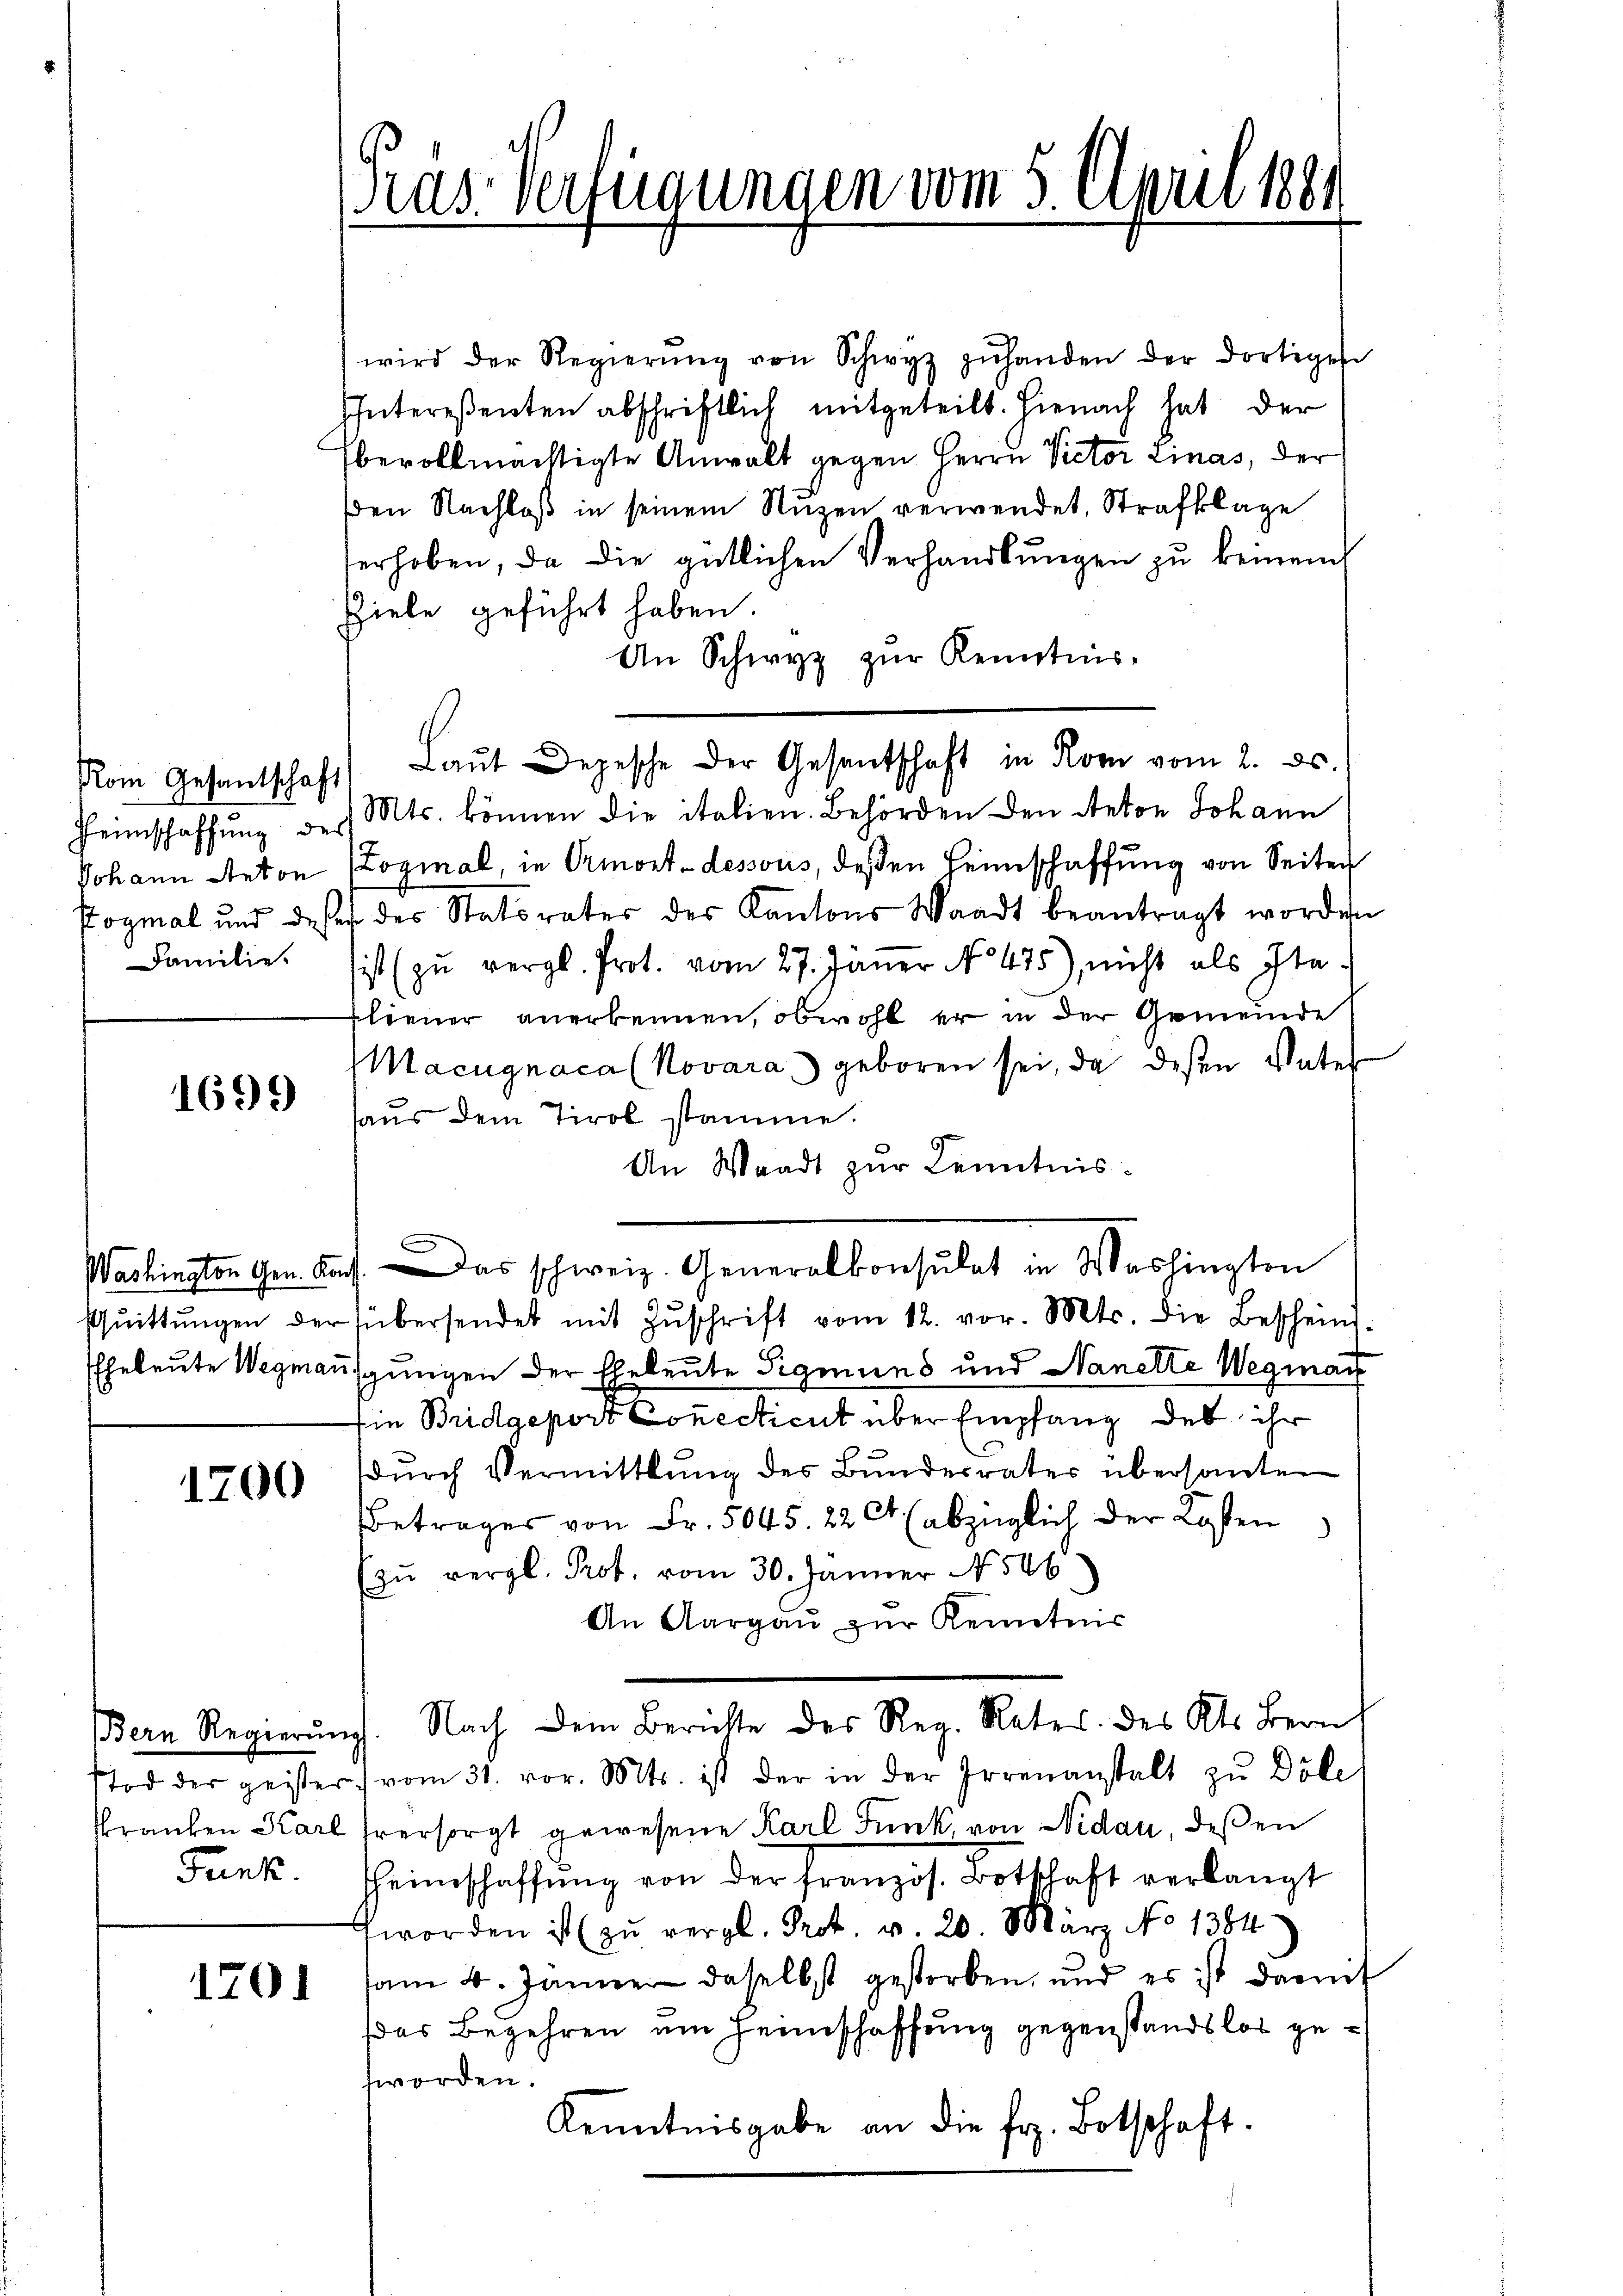
Rom Gesantschaft
Familie.

1699

1700

Bern Regierung
Funk

ras. Verfügungen vom 8. April 1881

wird der Regierŭng von Schwyz zŭhanden der dortigese
Intereßenten abschriftlich mitgeteilt. Hienach hat der
Ebevollmächtigte Anwalt gegen Herrn Victor Linas, der
den Nachloß in seinem Nuzen verwendet, Strafklage
erhoben, da die gütlichen Verhandlŭngen zŭ keinem
Ziele geführt haben.
An Schwyz zur Kenntnis¬
Heimschaffŭng des Mts. können die italien. Behörden den Anton Johann
Johann Anton Loginal, in Ormont-dessous, deßen Heimschaffung von Seiter
Koymal und dass der Statorates des Kantons Waadt beantragt worden
ist (zu vergl. Prot. vom 27. Janer No. 475), nicht als Ita¬
Fliener anerkennen, obwohl er in der Gemeinde
Macugnaca (Novara geboren sei, da deßen Vater
haŭs dem Tirol stamme.
An Waadt zur Kenntnis.
aciensten gen auf. Das schweiz. Generalkonsulat in Washingten
sŭittŭngen der übersendet mit Zŭschrift vom 12. vor. Mts. die Beschein
EEheleute Wegmauschungen der Eheleute Sigmuns und Nanette Wegman
Ein Bridgeport Connecticut über Empfang des ihr
dŭrch Vermittlung des Bundesrates übersanten
Betrages von Fr. 5045. 22 Ct (abzüglich der Kosten
zŭ vergl. Prof. vom 30. Jänner N. 506
An Aargaŭ zŭr Kenntnis
Nach dem Berichte des Reg. Rates. des Kts. Bern
Tod der geister vom 31. vor. Mts. ist der in der Irrenanstalt zu Döle
Franken Karl versorgt gewesene Karl Funk von Nidau, deßen
heimschaffung von der französ. Botschaft verlangt
worden ist zŭ vergl. Prot. v. 20. März No 1384)
1701 (am 4. Jänner daselbst gestorben, und es ist damit
das Begehren um Heimschaffung gegenstandslos geworden.
Kenntnisgabe an die fr. Botschaft.

Laŭt Depesche der Gesantschaft in Korn vom 2. ds.